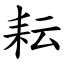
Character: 耘